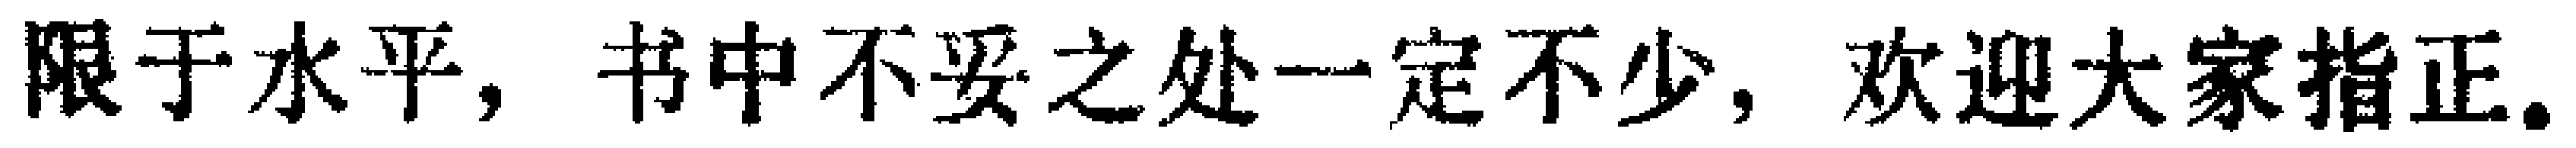
限于水平，书中不妥之处一定不少，欢迎大家指正。